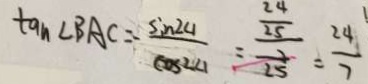
\tan \angle B A C = \frac { \sin 2 4 } { \cos 2 4 } = \frac { \frac { 2 4 } { 2 5 } } { \frac { 2 } { 2 5 } } = \frac { 2 4 } { 7 }